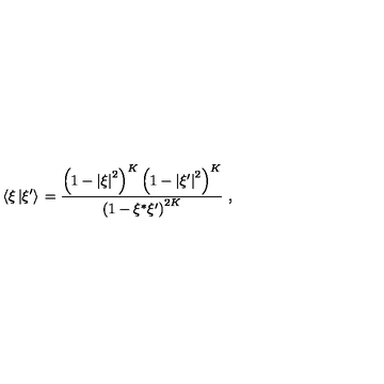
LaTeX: \left\langle { { \xi } \left\vert { \xi ^ { \prime } } \right\rangle } \right. = { \frac { \left( { 1 - { \vert \xi \vert } ^ { 2 } } \right) ^ { K } \left( { 1 - { \vert \xi ^ { \prime } \vert } ^ { 2 } } \right) ^ { K } } { \left( { 1 - \xi ^ { * } \xi ^ { \prime } } \right) ^ { 2 K } } } \ ,